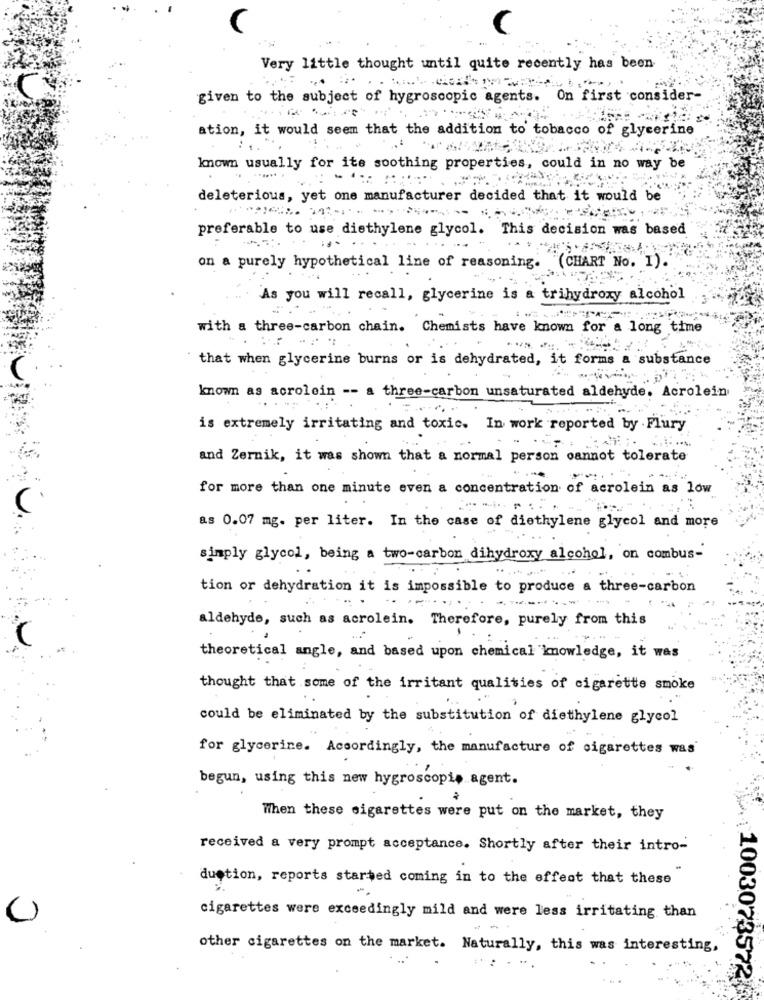
C
Very little thought until quite recently has been
given to the subject of hygroscopic agents. On first consider-
ation, it would seem that the addition to tobacco of glycerine
known usually for ite soothing properties, could in no way be
deleterious, yet one manufacturer decided that it would be
preferable to use diethylene glycol. This decision was based
on a purely hypothetical line of reasoning.
(CHART No. 1).
As you will recall, glycerine is a trihydroxy alcohol
with a three-carbon chain. Chemists have known for a long time
that when glycerine burns or is dehydrated, it forms a substance
known as acrolein -- a three-carbon unsaturated aldehyde. Acrolein
is extremely irritating and toxic. In work reported by . Flury
and Zernik, it was shown that a normal person cannot tolerate
for more than one minute even a concentration of acrolein as low
as 0.07 mg. per liter. In the case of diethylene glycol and more
simply glycol, being a two-carbon dihydroxy alcohol, on combus-
tion or dehydration it is impossible to produce a three-carbon
-w
aldehyde, such as acrolein. Therefore, purely from this
theoretical angle, and based upon chemical knowledge, it was
thought that some of the irritant qualities of cigarette smoke
could be eliminated by the substitution of diethylene glycol
for glycerine. Accordingly, the manufacture of cigarettes was
begun, using this new hygroscopie agent.
Then these cigarettes were put on the market, they
received a very prompt acceptance. Shortly after their intro-
duction, reports started coming in to the effect that these
cigarettes were exceedingly mild and were less irritating than
other cigarettes on the market. Naturally, this was interesting,
1003073572